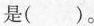
是()。